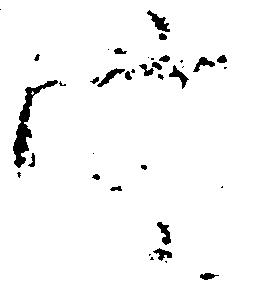
定